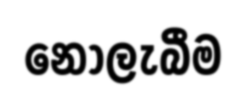
නොලැබීම